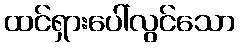
ထင်ရှားပေါ်လွင်သော